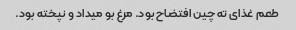
طعم غذای ته چین افتضاح بود. مرغ بو میداد و نپخته بود.